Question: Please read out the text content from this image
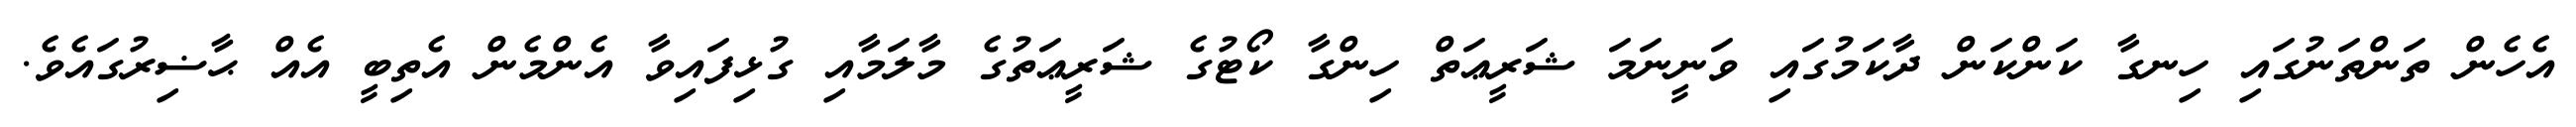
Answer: އެހެން ތަންތަނުގައި ހިނގާ ކަންކަން ދާކަމުގައި ވަނީނަމަ ޝަރީޢަތް ހިންގާ ކޯޓުގެ ޝަރީޢަތުގެ މާލަމާއި ގުޅިފައިވާ އެންމެން އެތިބީ އެއް ޙާޟިރުގައެވެ.